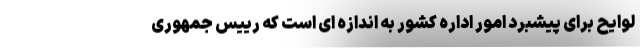
لوایح برای پیشبرد امور اداره کشور به اندازه ای است که رییس جمهوری